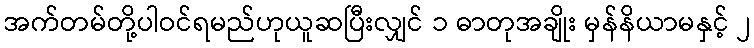
အက်တမ်တို့ပါဝင်ရမည်ဟုယူဆပြီးလျှင် ၁ ဓာတုအချိုး မှန်နိယာမနှင့် ၂